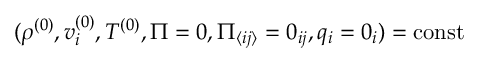
( \rho ^ { ( 0 ) } , v _ { i } ^ { ( 0 ) } , T ^ { ( 0 ) } , \Pi = 0 , \Pi _ { \langle i j \rangle } = 0 _ { i j } , q _ { i } = 0 _ { i } ) = \mathrm { c o n s t }